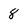
Character: 8